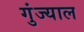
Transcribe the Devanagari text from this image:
गुंज्याल